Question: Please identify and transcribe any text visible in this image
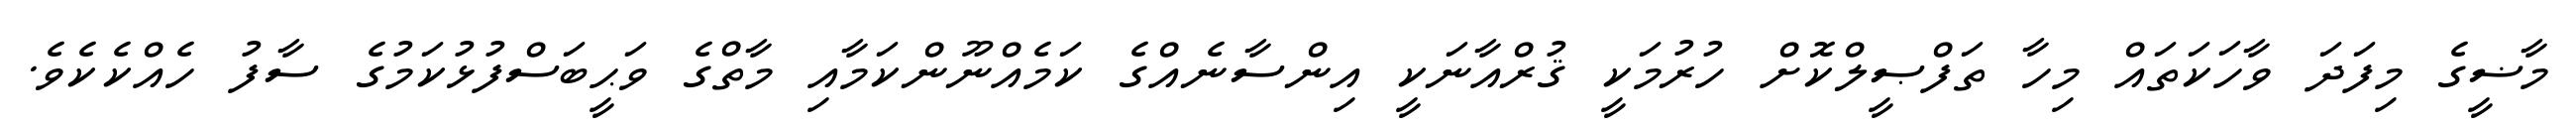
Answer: މާޟީގެ މިފަދަ ވާހަކަތައް މިހާ ތަފްޞީލްކޮށް ހުރުމަކީ ޤުރްއާނަކީ އިންސާނެއްގެ ކަމެއްނޫންކަމާއި މާތްގެ ވަޙީބަސްފުޅުކަމުގެ ސާފު ހެއްކެކެވެ.